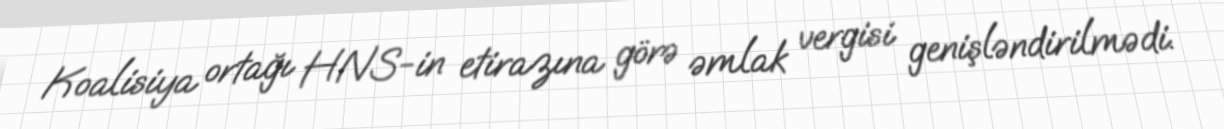
Koalisiya ortağı HNS-in etirazına görə əmlak vergisi genişləndirilmədi.